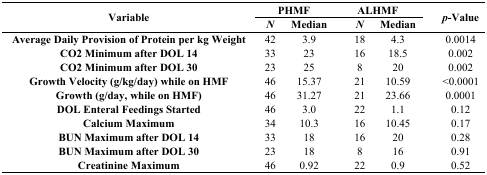
<table><thead><tr><td rowspan="2"><b>Variable</b></td><td colspan="2"><b>PHMF</b></td><td colspan="3"><b>ALHMF</b></td><td></td><td rowspan="2"><b><i>p</i>-Value</b></td></tr><tr><td><b><i>N</i></b></td><td><b>Median</b></td><td></td><td><b><i>N</i></b></td><td><b>Median</b></td><td></td></tr></thead><tbody><tr><td><b>Average Daily Provision of Protein per kg Weight</b></td><td>42</td><td>3.9</td><td></td><td>18</td><td>4.3</td><td></td><td>0.0014</td></tr><tr><td><b>CO2 Minimum after DOL 14</b></td><td>33</td><td>23</td><td></td><td>16</td><td>18.5</td><td></td><td>0.002</td></tr><tr><td><b>CO2 Minimum after DOL 30</b></td><td>23</td><td>25</td><td></td><td>8</td><td>20</td><td></td><td>0.002</td></tr><tr><td><b>Growth Velocity (g/kg/day) while on HMF</b></td><td>46</td><td>15.37</td><td></td><td>21</td><td>10.59</td><td></td><td>&lt;0.0001</td></tr><tr><td><b>Growth (g/day, while on HMF)</b></td><td>46</td><td>31.27</td><td></td><td>21</td><td>23.66</td><td></td><td>0.0001</td></tr><tr><td><b>DOL Enteral Feedings Started</b></td><td>46</td><td>3.0</td><td></td><td>22</td><td>1.1</td><td></td><td>0.12</td></tr><tr><td><b>Calcium Maximum</b></td><td>34</td><td>10.3</td><td></td><td>16</td><td>10.45</td><td></td><td>0.17</td></tr><tr><td><b>BUN Maximum after DOL 14</b></td><td>33</td><td>18</td><td></td><td>16</td><td>20</td><td></td><td>0.28</td></tr><tr><td><b>BUN Maximum after DOL 30</b></td><td>23</td><td>18</td><td></td><td>8</td><td>16</td><td></td><td>0.91</td></tr><tr><td><b>Creatinine Maximum</b></td><td>46</td><td>0.92</td><td></td><td>22</td><td>0.9</td><td></td><td>0.52</td></tr></tbody></table>